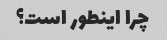
چرا اینطور است؟